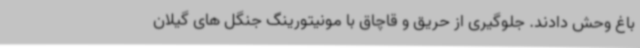
باغ وحش دادند. جلوگیری از حریق و قاچاق با مونیتورینگ جنگل های گیلان